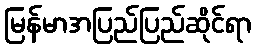
မြန်မာအပြည်ပြည်ဆိုင်ရာ